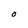
Character: O